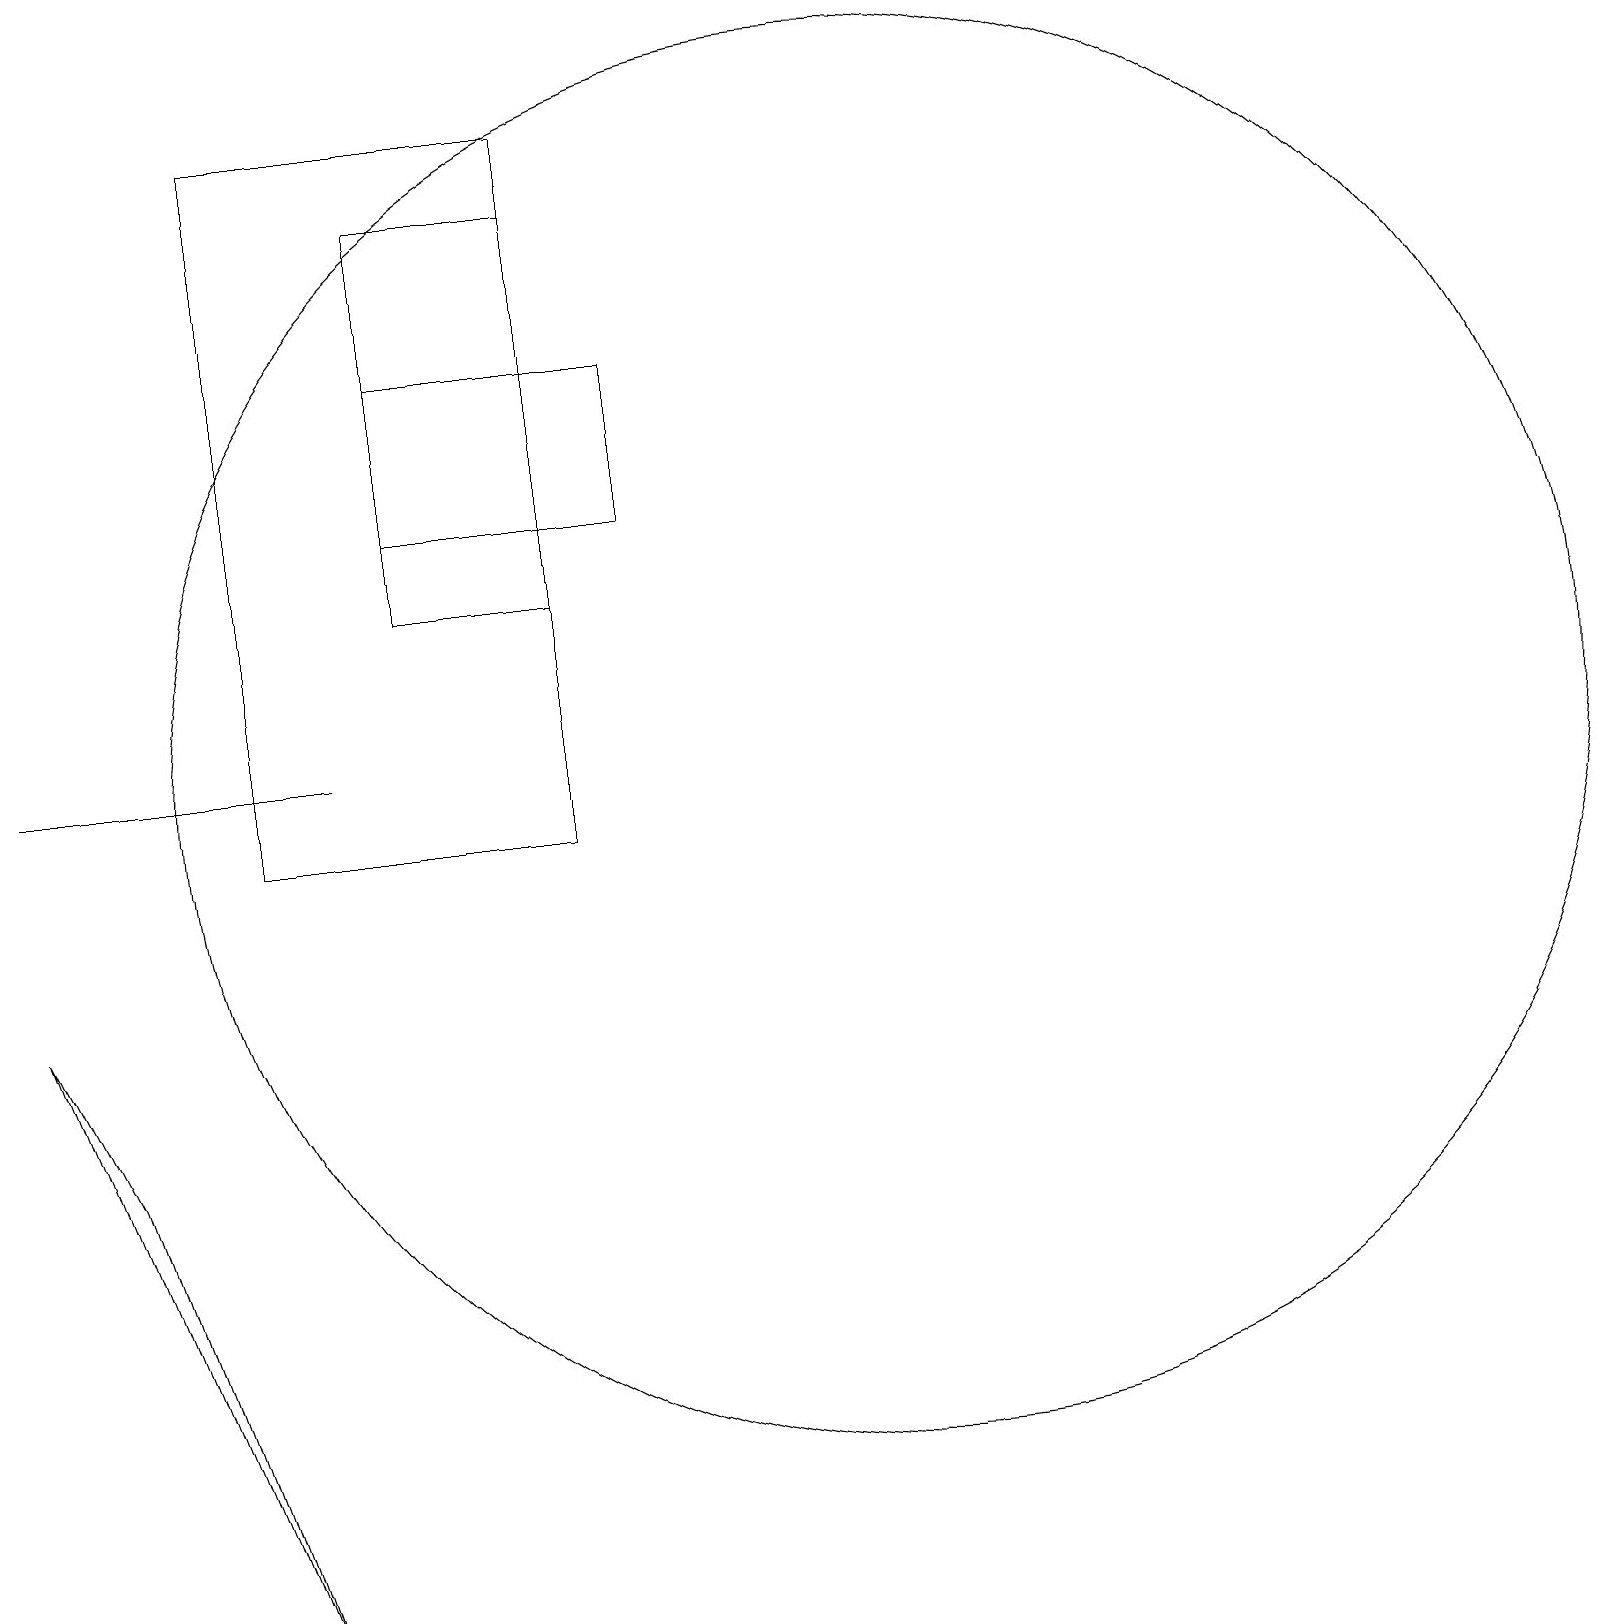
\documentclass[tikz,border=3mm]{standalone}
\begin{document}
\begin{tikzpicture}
\draw (5,14) rectangle (8,16);
\draw (11,11) circle (9);
\draw (5,13) rectangle (7,18);
\draw (3,10) rectangle (7,19);
\draw (4,11) rectangle (0,11);
\draw (3,0) -- (1,6) -- (0,8) -- cycle;
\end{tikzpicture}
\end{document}